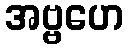
အဗ္ဗဟေ